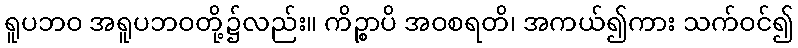
ရူပဘဝ အရူပဘဝတို့၌လည်း။ ကိဉ္စာပိ အဝစရတိ၊ အကယ်၍ကား သက်ဝင်၍